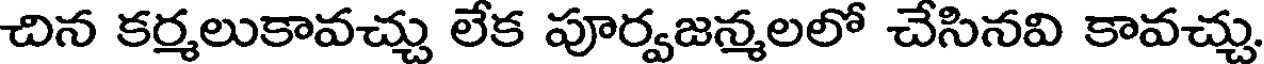
చిన కర్మలుకావచ్చు లేక పూర్వజన్మలలో చేసినవి కావచ్చు